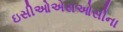
ઇસીઓએસઓસીના